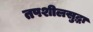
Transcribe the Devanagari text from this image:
तपशीलसुद्धा